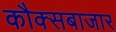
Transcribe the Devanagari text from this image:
कौक्सबाजार